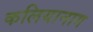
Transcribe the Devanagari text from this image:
कलियानाग